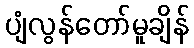
ပျံလွန်တော်မူချိန်